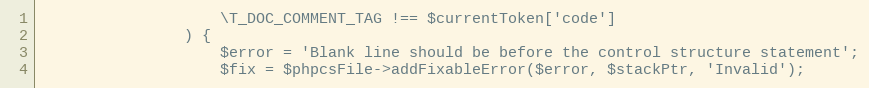
Language: PHP
                    \T_DOC_COMMENT_TAG !== $currentToken['code']
                ) {
                    $error = 'Blank line should be before the control structure statement';
                    $fix = $phpcsFile->addFixableError($error, $stackPtr, 'Invalid');